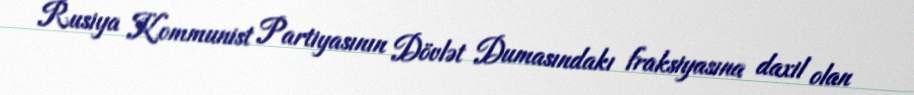
Rusiya Kommunist Partiyasının Dövlət Dumasındakı fraksiyasına daxil olan